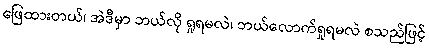
ဖြေထားတယ်၊ အဲဒီမှာ ဘယ်လို ရှုရမလဲ၊ ဘယ်လောက်ရှုရမလဲ စသည်ဖြင့်